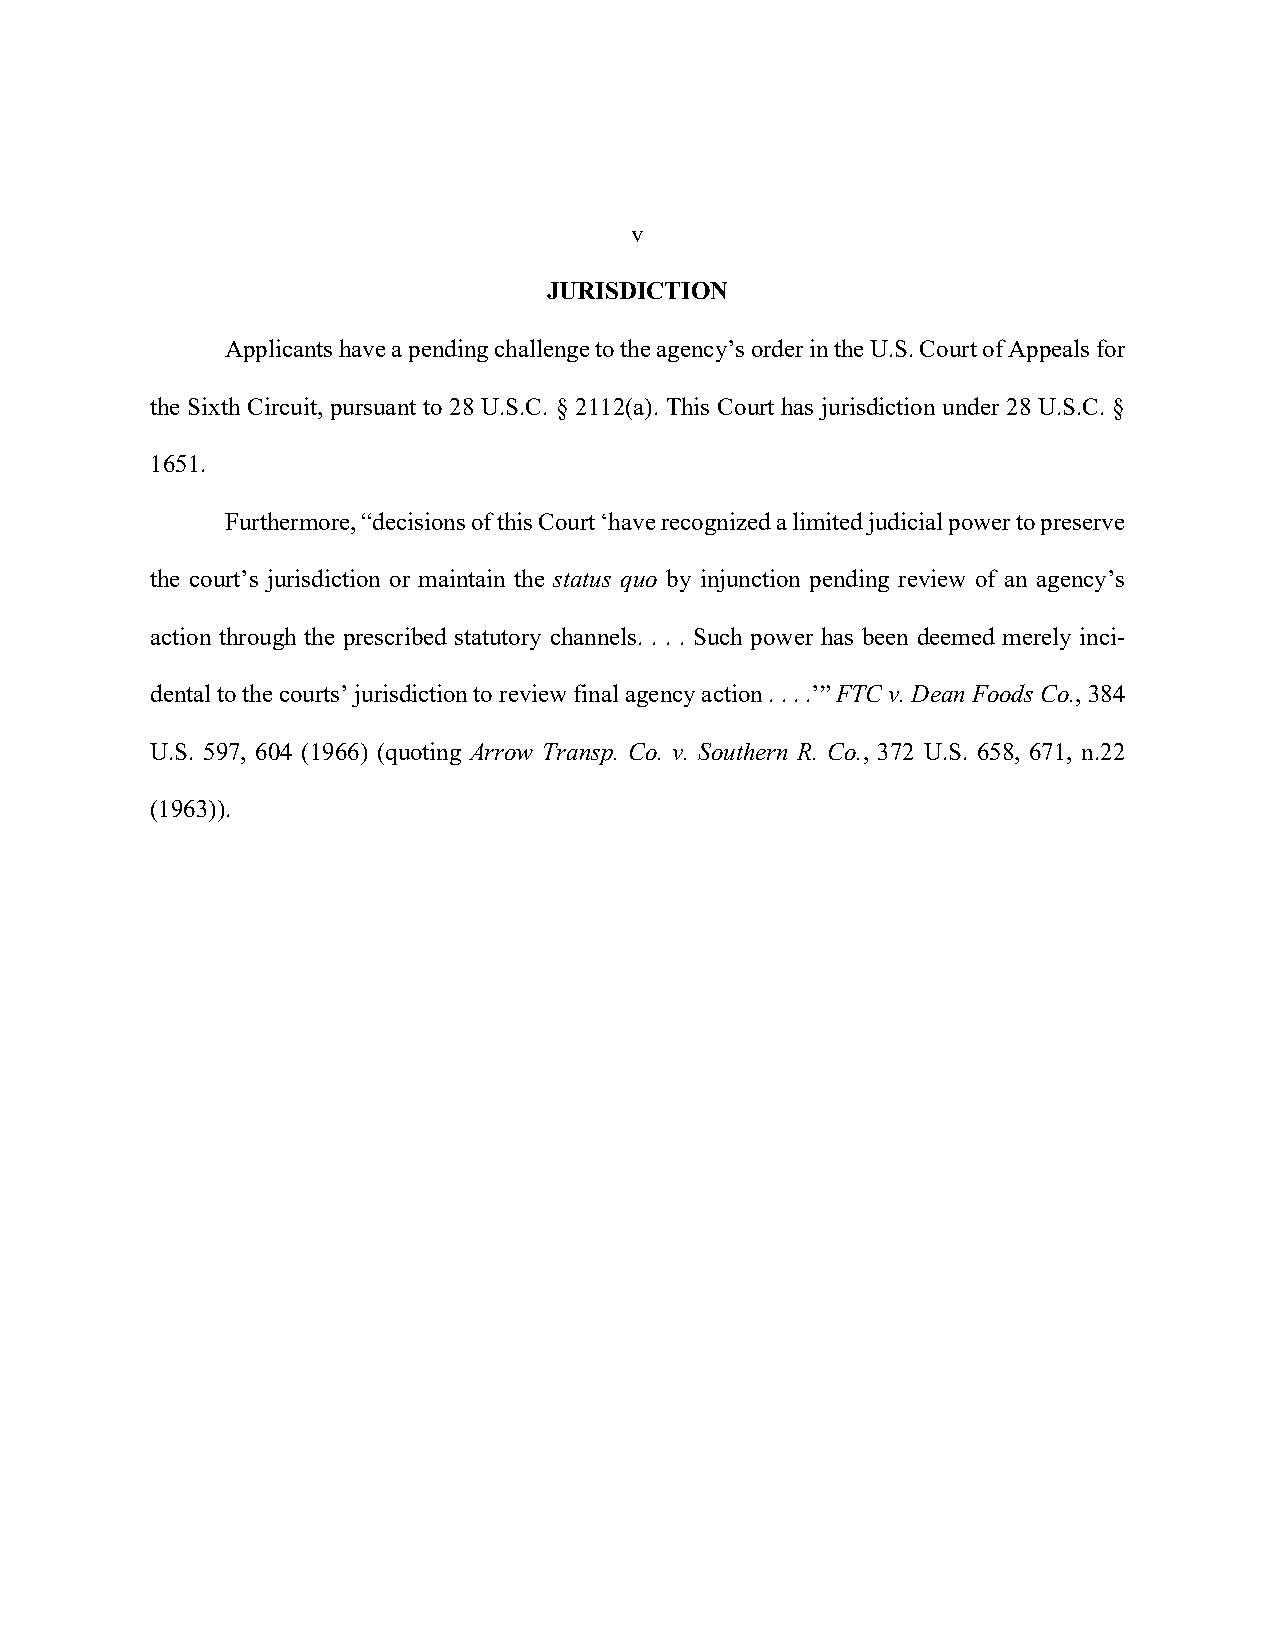
v
 JURISDICTION
 Applicants have a pending challenge to the agency’s order in the U.S. Court of Appeals for
 the Sixth Circuit, pursuant to 28 U.S.C. § 2112(a). This Court has jurisdiction under 28 U.S.C. §
 1651.
 Furthermore, “decisions of this Court ‘have recognized a limited judicial power to preserve
 the court’s jurisdiction or maintain the status quo by injunction pending review of an agency’s
 action through the prescribed statutory channels. . . . Such power has been deemed merely inci-
 dental to the courts’ jurisdiction to review final agency action . . . .’” FTC v. Dean Foods Co., 384
 U.S. 597, 604 (1966) (quoting Arrow Transp. Co. v. Southern R. Co., 372 U.S. 658, 671, n.22
 (1963)).